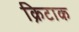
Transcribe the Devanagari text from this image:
क्रिटाक